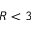
R < 3